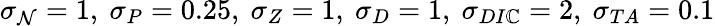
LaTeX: \sigma_{\mathcal{N}}=1,~\sigma_{P}=0.25,~\sigma_{Z}=1,~\sigma_{D}=1,~\sigma_{DI\mathbb{C}}=2,~\sigma_{TA}=0.1